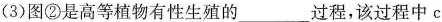
(3)图②是高等植物有性生殖的___过程，该过程中c